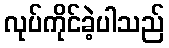
လုပ်ကိုင်ခဲ့ပါသည်